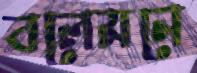
বলেমনে